Indian Medical Review
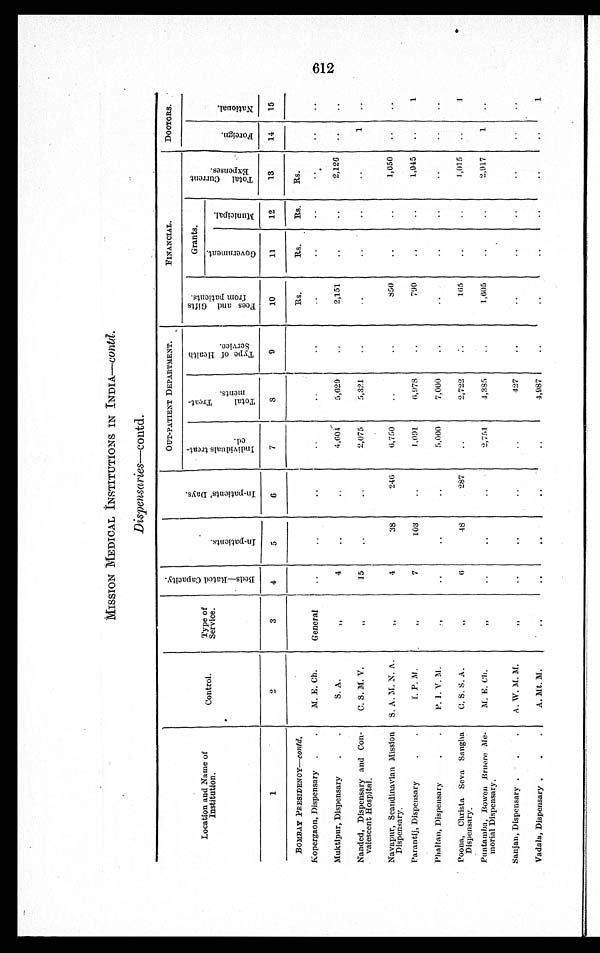
MISSION MEDICAL INSTITUTIONS IN INDIA— c o n t d .
Dispensaries—contd.
Location and Name of
Institution.
Control.
Type of
Service.
B e d s — R a t e d C a p a c i t y .
I n - P a t i e n t s
I n - P a t i e n t s ' D a y s .
OUT-PATIENT DEPARTMENT.
FINANCIAL.
DOCTORS.
I n d i v i d u a l s t r e a t - e d .
T o t a l T r e a t - m e n t .
T y p e o f H e a l t h S e r v i c e .
F e e s a n d G i f t s f r o m p a t i e n t s .
Grants.
T o t a l C u r r e n t E x p e n s e s .
F o r e i g n . N a t i o n a l .
G o v e r n m e n t .
M u n i c i p a l .
1
2
3
4
5
6
7
8
9
10
11
12
13
14 15
BOMBAY PRESIDENCY—contd.
Rs.
R s . Rs . Rs.
Kopergaon, Dispensary
M. E. Ch.
General
Muktipur, Dispensary
S. A.
„ 4
4,604 5,629
2,151
2,126
Nanded, Dispensary and Con-
valescent Hospital.
C. S. M. V.
„ 15
2,075
5,321
1
Navapur, Scandinavian Mission
Dispensary.
S. A. M. N. A.
„ 4
38
246
6,750
850
1,650
Parantij, Dispensary
L. P. M.
„ 7
103
1,091
6 , 9 7 8
790
1,945
1
Phaltan, Dispensary
P. T. V. M.
„
5,000
7,000
Poona, Christa SevaS a n g h a
Dispensary.
C. S. S. A.
„
6
48
287
2,722
165
1,015
1
Puntamba, Bowen Br u e r e
M e -
morial Dispensary.
M. E. Ch.
„
2,751.
4,385
1,605
2,917 1
Sanjan, Dispensary
A. W. M. M.
„
427
Vadala, Dispensary
A. Mt. M.
4,987
1
612